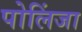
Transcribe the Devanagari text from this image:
पोलिंजा